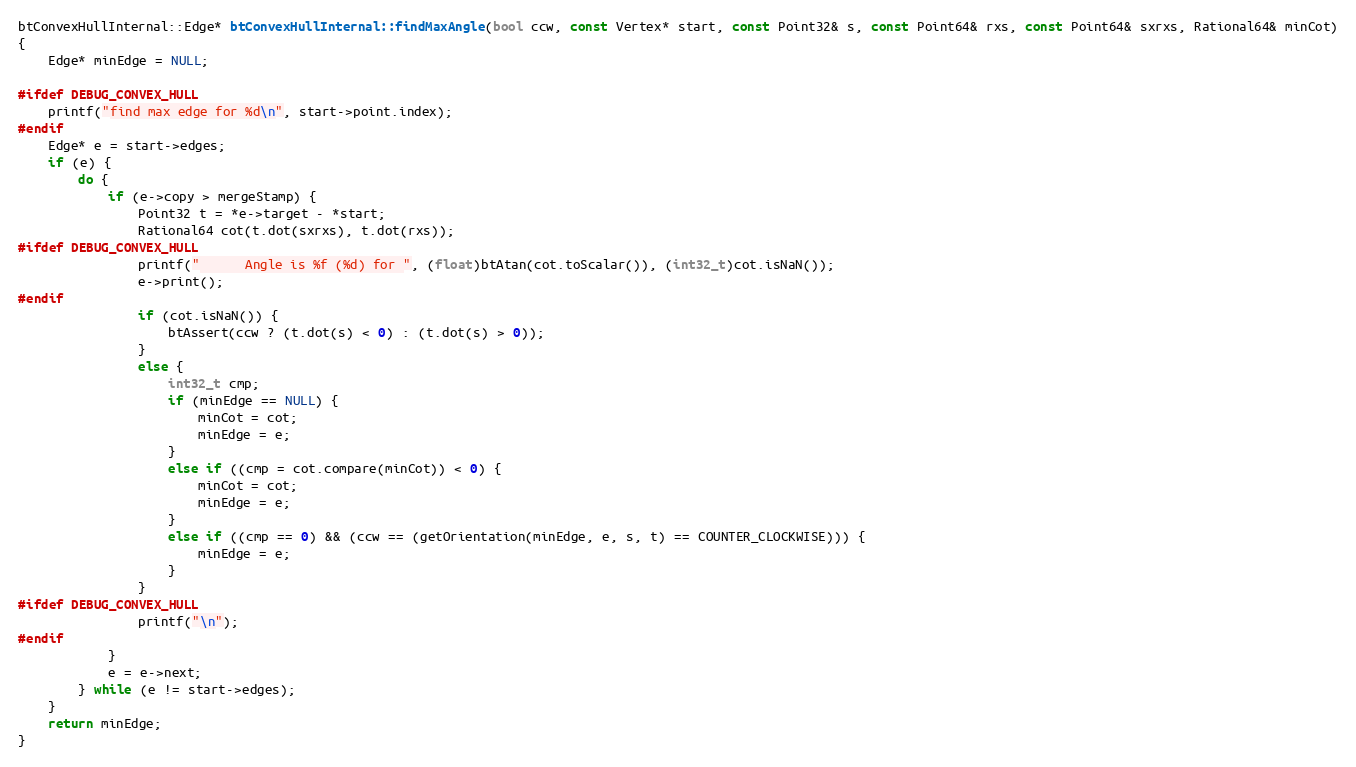
Language: C++
btConvexHullInternal::Edge* btConvexHullInternal::findMaxAngle(bool ccw, const Vertex* start, const Point32& s, const Point64& rxs, const Point64& sxrxs, Rational64& minCot)
{
    Edge* minEdge = NULL;

#ifdef DEBUG_CONVEX_HULL
    printf("find max edge for %d\n", start->point.index);
#endif
    Edge* e = start->edges;
    if (e) {
        do {
            if (e->copy > mergeStamp) {
                Point32 t = *e->target - *start;
                Rational64 cot(t.dot(sxrxs), t.dot(rxs));
#ifdef DEBUG_CONVEX_HULL
                printf("      Angle is %f (%d) for ", (float)btAtan(cot.toScalar()), (int32_t)cot.isNaN());
                e->print();
#endif
                if (cot.isNaN()) {
                    btAssert(ccw ? (t.dot(s) < 0) : (t.dot(s) > 0));
                }
                else {
                    int32_t cmp;
                    if (minEdge == NULL) {
                        minCot = cot;
                        minEdge = e;
                    }
                    else if ((cmp = cot.compare(minCot)) < 0) {
                        minCot = cot;
                        minEdge = e;
                    }
                    else if ((cmp == 0) && (ccw == (getOrientation(minEdge, e, s, t) == COUNTER_CLOCKWISE))) {
                        minEdge = e;
                    }
                }
#ifdef DEBUG_CONVEX_HULL
                printf("\n");
#endif
            }
            e = e->next;
        } while (e != start->edges);
    }
    return minEdge;
}